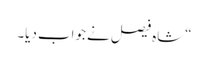
“شاہ فیصل نے جواب دیا۔